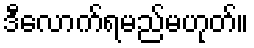
ဒီလောက်ရမည်မဟုတ်။